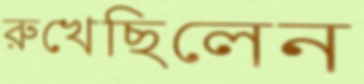
রুখেছিলেন